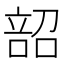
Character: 𫫌